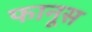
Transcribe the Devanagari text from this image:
फानूस